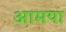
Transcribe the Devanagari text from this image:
आमया